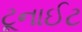
ટૂનાઈટ